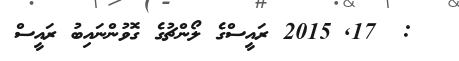
:  17